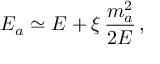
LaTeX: E _ { a } \simeq E + \xi \, \frac { m _ { a } ^ { 2 } } { 2 E } \, ,